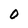
Character: O